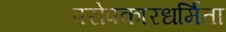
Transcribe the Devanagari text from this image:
परोपकारधर्मिता